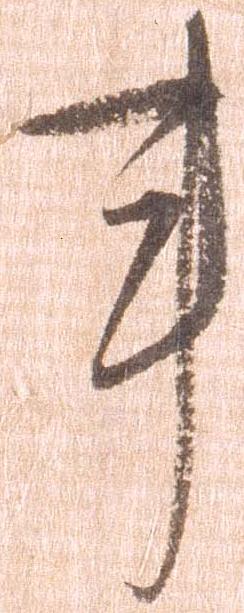
事